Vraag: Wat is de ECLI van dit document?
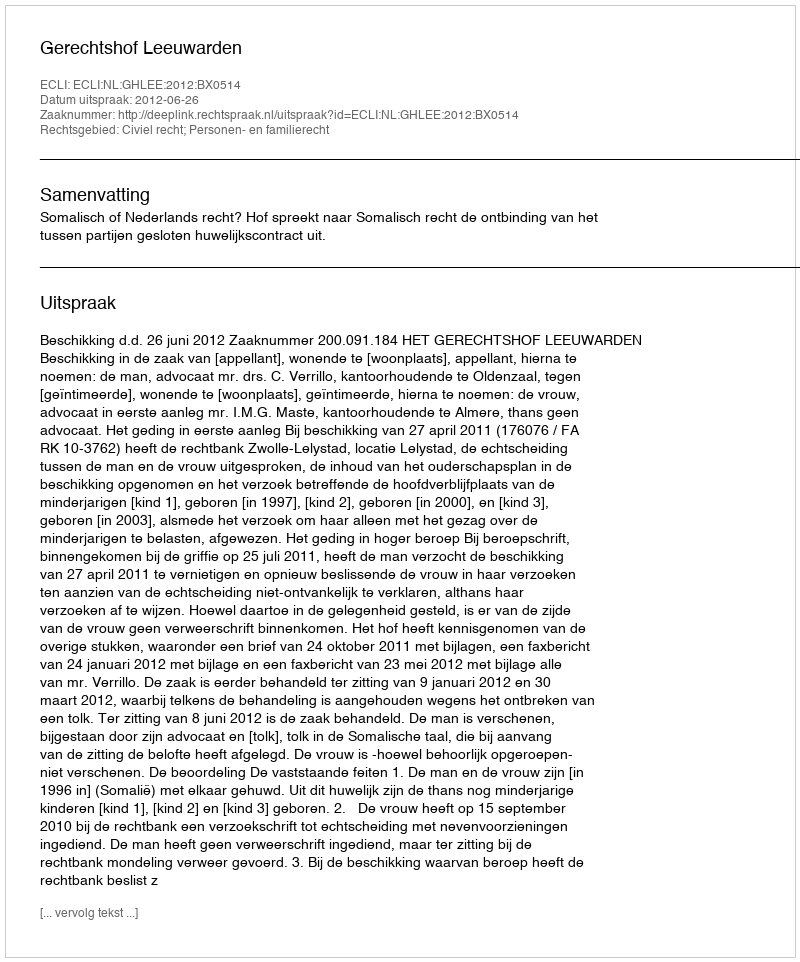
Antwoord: ECLI:NL:GHLEE:2012:BX0514